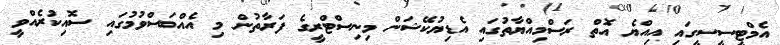
އެމްޓީސީސީގައި އިއްޔެ އޮތް ރަސްމިއްޔާތުގައި އެޑިޔުކޭޝަން މިނިސްޓްރީގެ ފަރާތުން މި އެއްބަސްވުމުގައި ސޮއިކުރެއްވީ